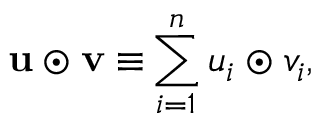
\mathbf { u } \odot \mathbf { v \equiv } \sum _ { i = 1 } ^ { n } u _ { i } \odot v _ { i } ,